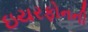
ઇયરફોનની